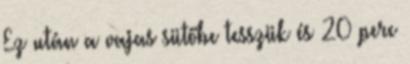
Ez után a vajas sütőbe tesszük és 20 perc